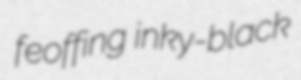
feoffing inky-black